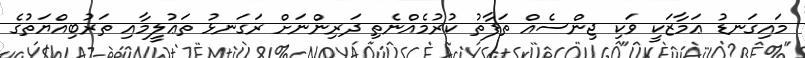
މައިގަނޑު ޢަމާޒަކީ ވަކި ޖިންސެއް ތަފާތު ކުރުމެއްނެތި ދަރިންނަށް ރަގަނޅު ތަޢުލީމާއި ތަރުބިއްޔަތުގެ